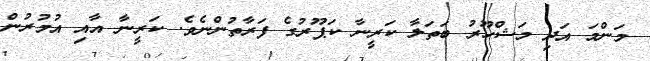
މަންމަ އަދި މަޝްހޫރު ބަތަލާ ކަރީނާ ކަޕޫރުގެ ފަރާތުންނެވެ. ކަރީނާ އާއި އުމުރުން